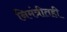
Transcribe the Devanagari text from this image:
निमंत्रीतही